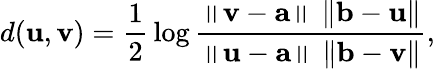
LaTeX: d(\mathbf{u},\mathbf{v})={\frac{1}{2}}\log{\frac{\left\| \mathbf{v}-\mathbf{a}\right\| \, \left\| \mathbf{b}-\mathbf{u}\right\| }{\left\| \mathbf{u}-\mathbf{a}\right\| \, \left\| \mathbf{b}-\mathbf{v}\right\| }},